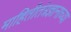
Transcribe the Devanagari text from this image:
माहितीतंत्रज्ञानाच्या